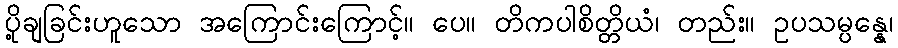
ပို့ချခြင်းဟူသော အကြောင်းကြောင့်။ ပေ။ တိကပါစိတ္တိယံ၊ တည်း။ ဥပသမ္ပန္နေ၊